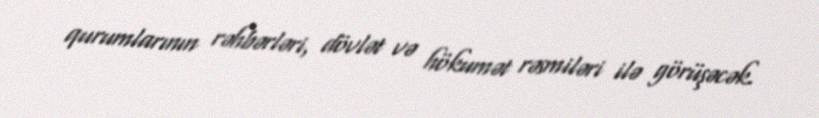
qurumlarının rəhbərləri, dövlət və hökumət rəsmiləri ilə görüşəcək.